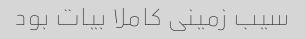
سیب زمینی کاملا بیات بود